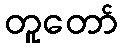
တူတော်